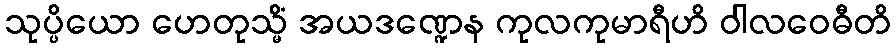
သုပ္ပိယော ဟေတုသ္မိံ အယဒဏ္ဍေန ကုလကုမာရီဟိ ဝါလဝေဓီတိ